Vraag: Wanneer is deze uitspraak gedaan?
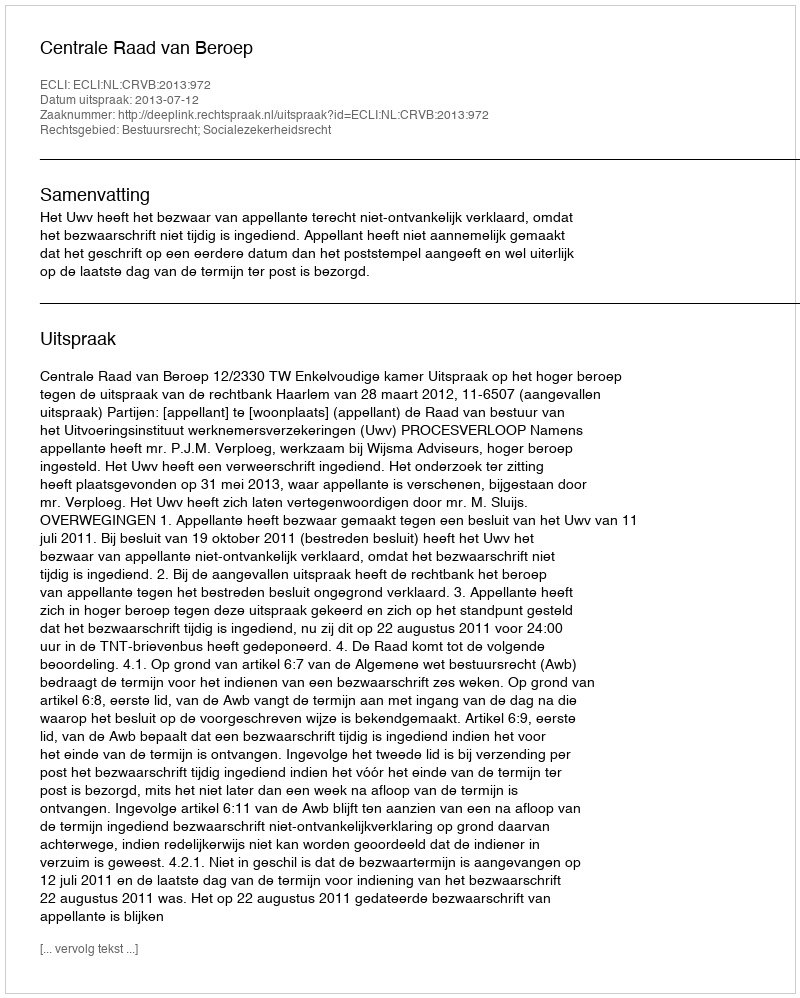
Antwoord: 2013-07-12